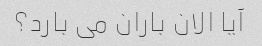
آیا الان باران می بارد؟